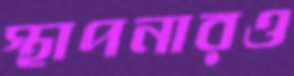
স্থাপনারও